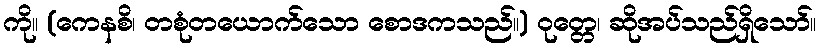
ကို။ (ကေနစိ၊ တစုံတယောက်သော စောဒကသည်။) ဝုတ္တေ၊ ဆိုအပ်သည်ရှိသော်။